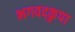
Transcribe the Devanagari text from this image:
भगवद्कृपा